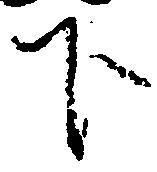
下